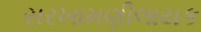
સરખામણીલાયક